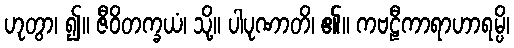
ဟုတွာ၊ ၍။ ဇီဝိတက္ခယံ၊ သို့။ ပါပုဏာတိ၊ ၏။ ကဗဠီကာရာဟာရမ္ပိ၊